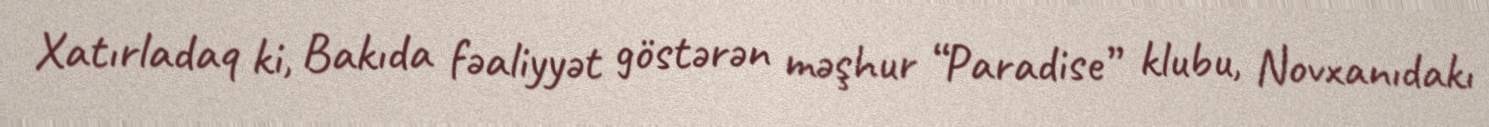
Xatırladaq ki, Bakıda fəaliyyət göstərən məşhur “Paradise” klubu, Novxanıdakı